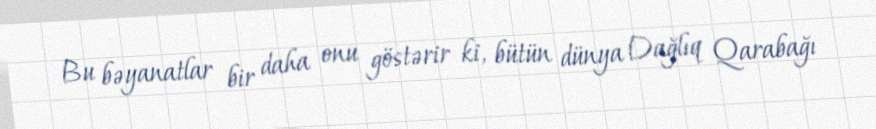
Bu bəyanatlar bir daha onu göstərir ki, bütün dünya Dağlıq Qarabağı